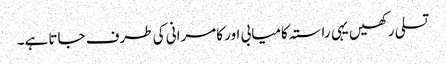
تسلی رکھیں یہی راستہ کامیابی اور کامرانی کی طرف جاتا ہے۔